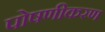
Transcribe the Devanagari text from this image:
पोषणीकरण